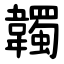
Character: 韣